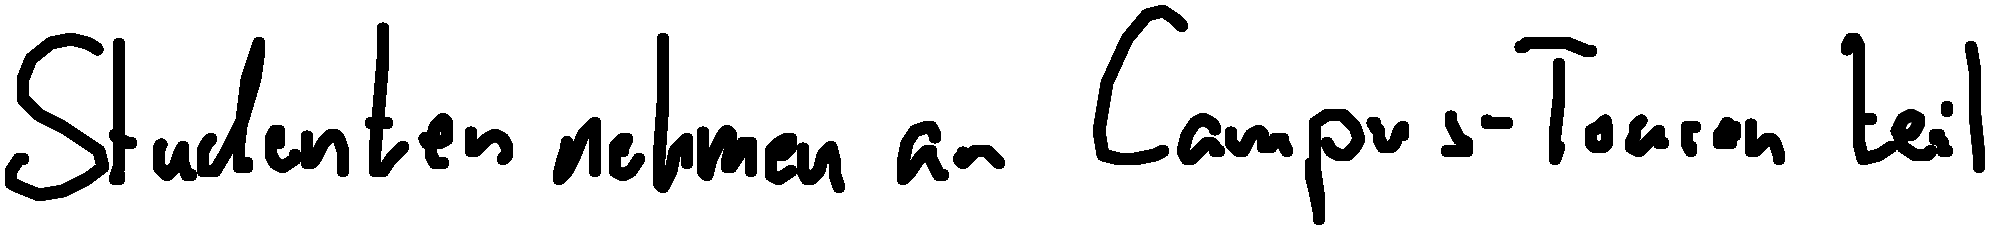
Studenten nehmen an Campus-Touren teil.